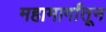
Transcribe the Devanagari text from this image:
महामार्गांतून